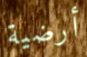
أرضية